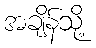
အချိန်သို့